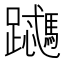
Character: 𬧜